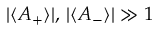
| \langle A _ { + } \rangle | , \, | \langle A _ { - } \rangle | \gg 1